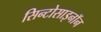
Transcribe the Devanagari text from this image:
सिन्टोसाइनॉन